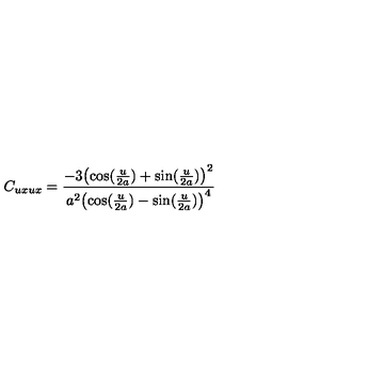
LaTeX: C _ { u x u x } = { \frac { - 3 { { \left( \cos ( { \frac { u } { 2 a } } ) + \sin ( { \frac { u } { 2 a } } ) \right) } ^ { 2 } } } { { a ^ { 2 } } { { \left( \cos ( { \frac { u } { 2 a } } ) - \sin ( { \frac { u } { 2 a } } ) \right) } ^ { 4 } } } }